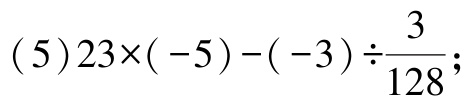
\((5)23\times(-5)-(-3)\div\frac{3}{128}\)